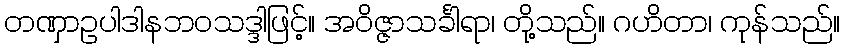
တဏှာဥပါဒါနဘဝသဒ္ဒါဖြင့်။ အဝိဇ္ဇာသင်္ခါရာ၊ တို့သည်။ ဂဟိတာ၊ ကုန်သည်။